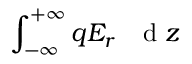
\int _ { - \infty } ^ { + \infty } q E _ { r } \mathrm { ~ ~ ~ d ~ } z